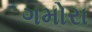
ગમોરા